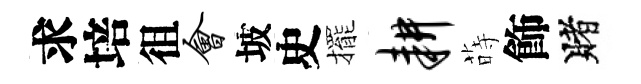
求培徂会坡史擺耕蒔飾賭